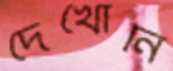
দেখোনি